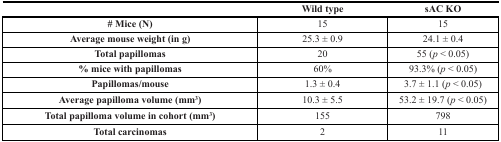
|  | Wild type | sAC KO |
 | --- | --- | --- |
 | # Mice (N) | 15 | 15 |
 | Average mouse weight (in g) | 25.3 ± 0.9 | 24.1 ± 0.4 |
 | Total papillomas | 20 | 55 (p < 0.05) |
 | % mice with papillomas | 60% | 93.3% (p< 0.05) |
 | Papillomas/mouse | 1.3 ± 0.4 | 3.7 ± 1.1 (p < 0.05) |
 | Average papilloma volume (mm3) | 10.3 ± 5.5 | 53.2 ± 19.7 (p < 0.05) |
 | Total papilloma volume in cohort (mm3) | 155 | 798 |
 | Total carcinomas | 2 | 11 |